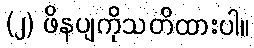
(၂) ဖိနပျကိုသတိထားပါ။